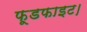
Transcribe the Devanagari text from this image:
फूडफाइट।